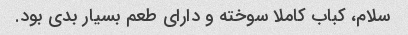
سلام، کباب کاملا سوخته و دارای طعم بسیار بدی بود.